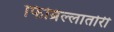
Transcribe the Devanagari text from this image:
फिब्रिल्लातोरी